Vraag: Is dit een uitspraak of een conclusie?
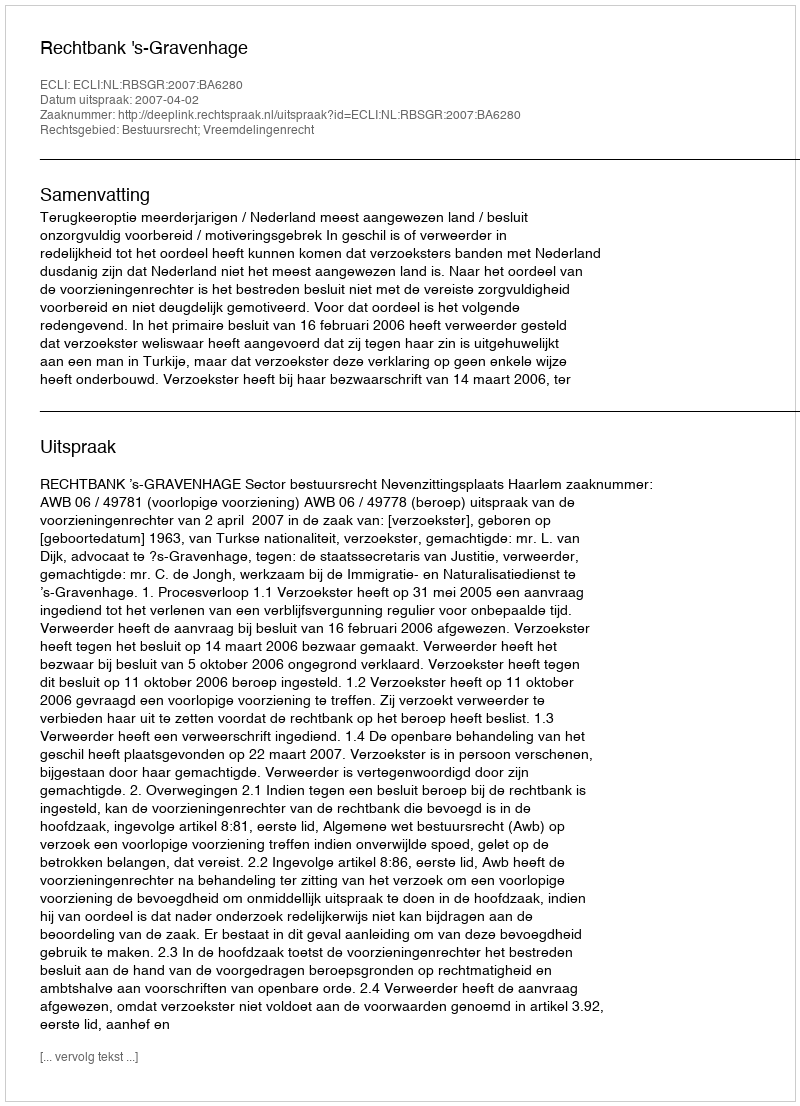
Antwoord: Uitspraak